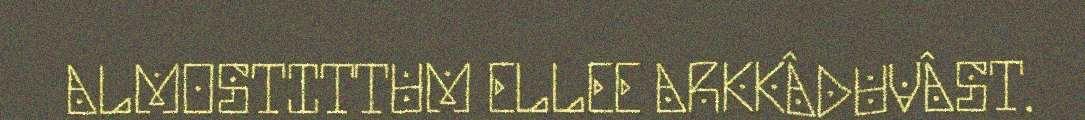
ALMOSTITTUM ELLEE ARKKÂDUVÂST.